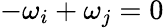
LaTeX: -\omega_{i}+\omega_{j}=0